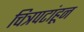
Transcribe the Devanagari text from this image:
चित्रपटांहून